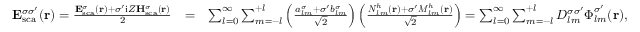
\begin{array} { r l r } { { \bf E } _ { \mathrm { { s c a } } } ^ { \sigma \sigma ^ { \prime } } ( { \bf r } ) = \frac { { \bf E } _ { \mathrm { s c a } } ^ { \sigma } ( { \bf r } ) + \sigma ^ { \prime } \mathrm { i } Z { \bf H } _ { \mathrm { s c a } } ^ { \sigma } ( { \bf r } ) } { 2 } } & { = } & { \sum _ { l = 0 } ^ { \infty } \sum _ { m = - l } ^ { + l } \left( \frac { { a _ { l m } ^ { \sigma } + \sigma ^ { \prime } b _ { l m } ^ { \sigma } } } { \sqrt { 2 } } \right) \left( \frac { { \boldsymbol { N } } _ { l m } ^ { h } ( { \bf r } ) + \sigma ^ { \prime } { \boldsymbol { M } } _ { l m } ^ { h } ( { \bf r } ) } { \sqrt { 2 } } \right) = \sum _ { l = 0 } ^ { \infty } \sum _ { m = - l } ^ { + l } D _ { l m } ^ { \sigma \sigma ^ { \prime } } \boldsymbol { \Phi } _ { l m } ^ { \sigma ^ { \prime } } ( { \bf r } ) , } \end{array}